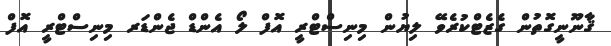
ޤާނޫނީގޮތުން ގެޒެޓްކުރެވޭ ލިޔުން މިނިސްޓްރީ އޮފް ލޯ އެންޑް ޖެންޑަރ މިނިސްޓްރީ އޮފް